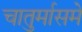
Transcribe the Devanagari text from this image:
चातुर्मासमें